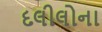
દલીલોના